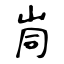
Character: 峝